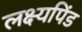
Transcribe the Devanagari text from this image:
लक्ष्यपिंड